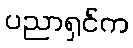
ပညာရှင်က